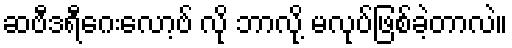
ဆဗီဒရီဂေးလော့ဗ် လို ဘာလို့ မလုပ်ဖြစ်ခဲ့တာလဲ။